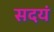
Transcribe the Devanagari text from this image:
सदयं